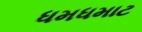
ધમધમાટ